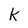
Character: K